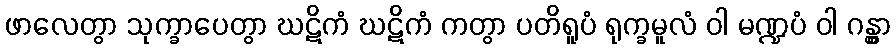
ဖာလေတွာ သုက္ခာပေတွာ ဃဋိကံ ဃဋိကံ ကတွာ ပတိရူပံ ရုက္ခမူလံ ဝါ မဏ္ဍပံ ဝါ ဂန္တွာ